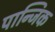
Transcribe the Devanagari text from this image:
पान्जिक